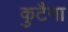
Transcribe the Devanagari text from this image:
कुटैना